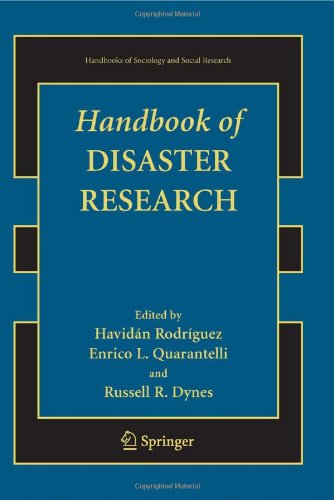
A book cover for Handbook of Disaster Research (Handbooks of Sociology and Social Research); Politics & Social Sciences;